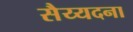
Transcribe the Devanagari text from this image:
सैय्यदना